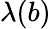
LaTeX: \lambda(b)